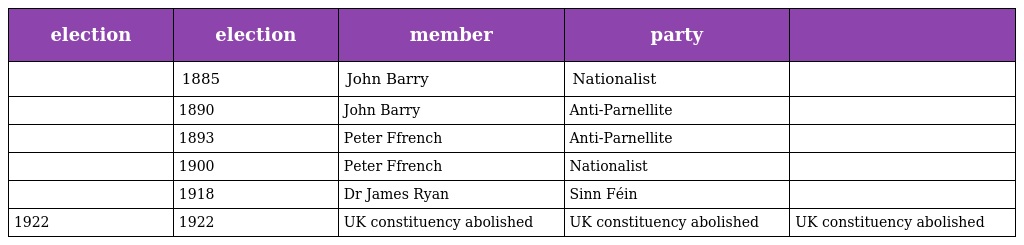
| election | election | member | party |  |
 | --- | --- | --- | --- | --- |
 |  | 1885 | John Barry | Nationalist |  |
 |  | 1890 | John Barry | Anti-Parnellite |  |
 |  | 1893 | Peter Ffrench | Anti-Parnellite |  |
 |  | 1900 | Peter Ffrench | Nationalist |  |
 |  | 1918 | Dr James Ryan | Sinn Féin |  |
 | 1922 | 1922 | UK constituency abolished | UK constituency abolished | UK constituency abolished |